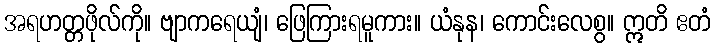
အရဟတ္တဖိုလ်ကို။ ဗျာကရေယျံ၊ ဖြေကြားရမူကား။ ယံနုန၊ ကောင်းလေစွ။ ဣတိ ဧတံ